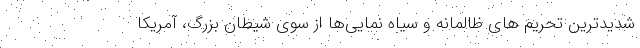
شدیدترین تحریم های ظالمانه و سیاه نمایی‌ها از سوی شیطان بزرگ، آمریکا